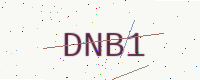
Text: DNB1